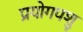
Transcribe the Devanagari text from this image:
प्रयोगपशु